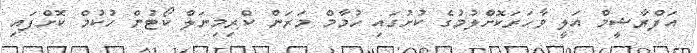
އަފްރާޝީމް އަލީ ވާހަރަކޮށްލުމުގެ ކުށުގައި ހުމާމް މަރަން ކްރިމިނަލް ކޯޓުން ހުކުމް ކޮށްފައި